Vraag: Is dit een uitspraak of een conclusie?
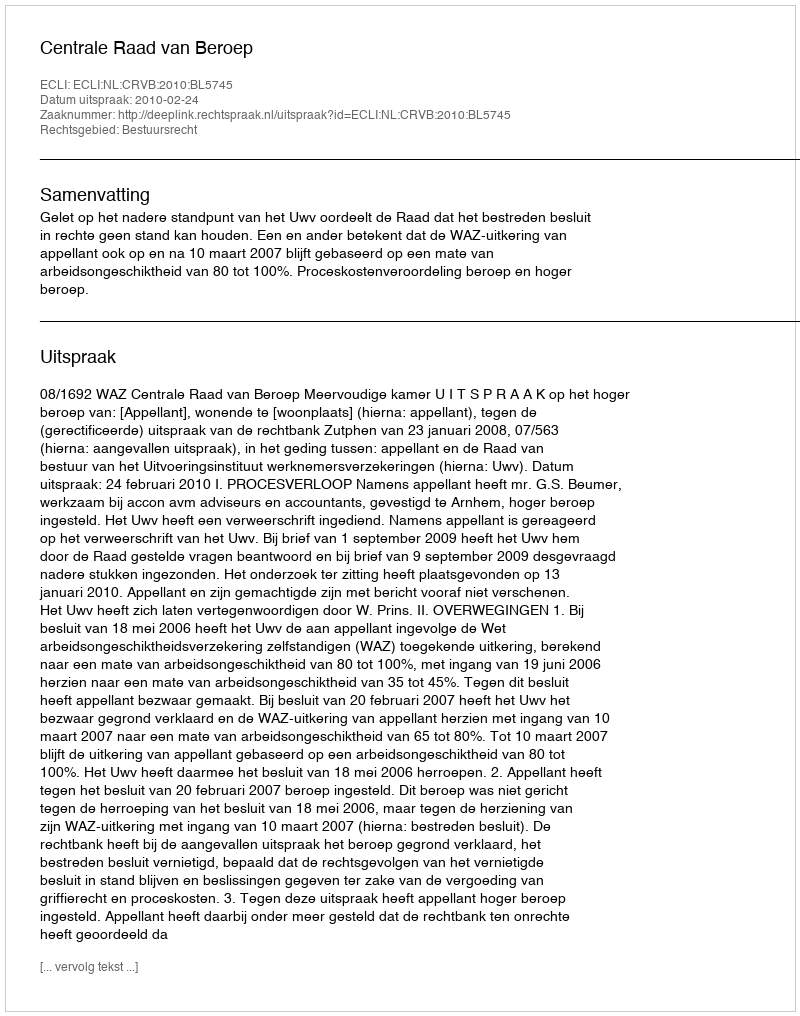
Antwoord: Uitspraak